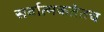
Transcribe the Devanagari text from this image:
सर्वात्मकतेतच